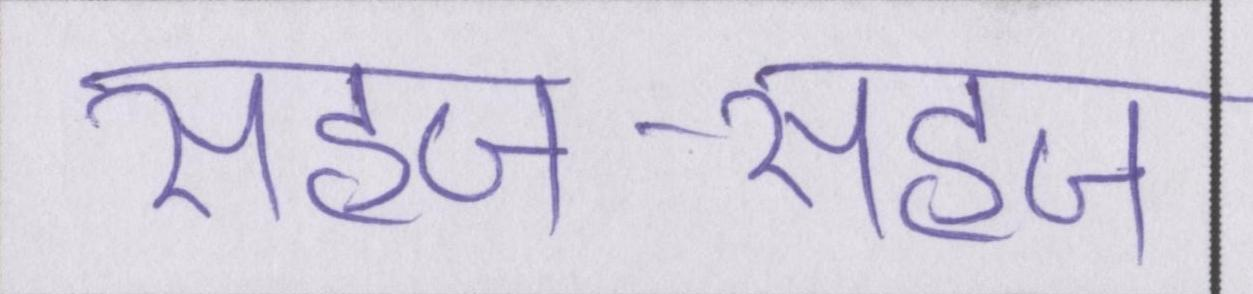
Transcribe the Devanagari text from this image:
सहज-सहज